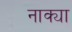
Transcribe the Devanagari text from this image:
नाक्या